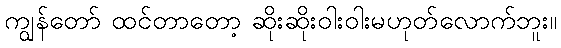
ကျွန်တော် ထင်တာတော့ ဆိုးဆိုးဝါးဝါးမဟုတ်လောက်ဘူး။